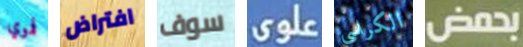
فموي افتراض سوف علوى الكراسي بحمض